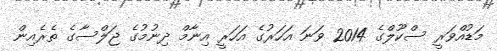
މަޑުއްވަރީ ސްކޫލްގެ 2014 ވަނަ އަހަރުގެ އަހަރީ އިނާމް ދިނުމުގެ ޖަލްސާގެ ތެރެއިން